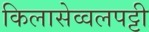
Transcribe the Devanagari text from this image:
किलासेव्वलपट्टी